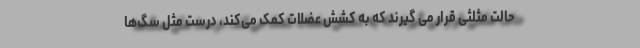
حالت مثلثی قرار می گیرند که به کشش عضلات کمک می‌کند، درست مثل سگ‌ها